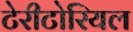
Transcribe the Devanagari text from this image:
टेरीटोरियल